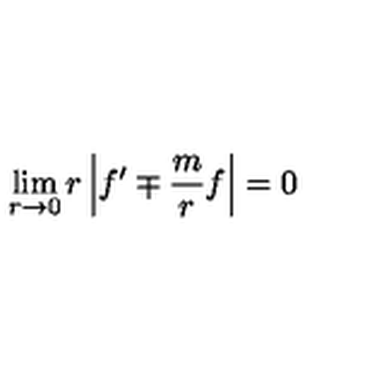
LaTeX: \lim _ { r \to 0 } r \left| f ^ { \prime } \mp \frac m r f \right| = 0